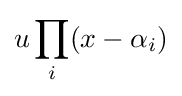
u\prod _{i}(x-\alpha _{i})